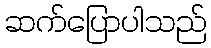
ဆက်ပြောပါသည်